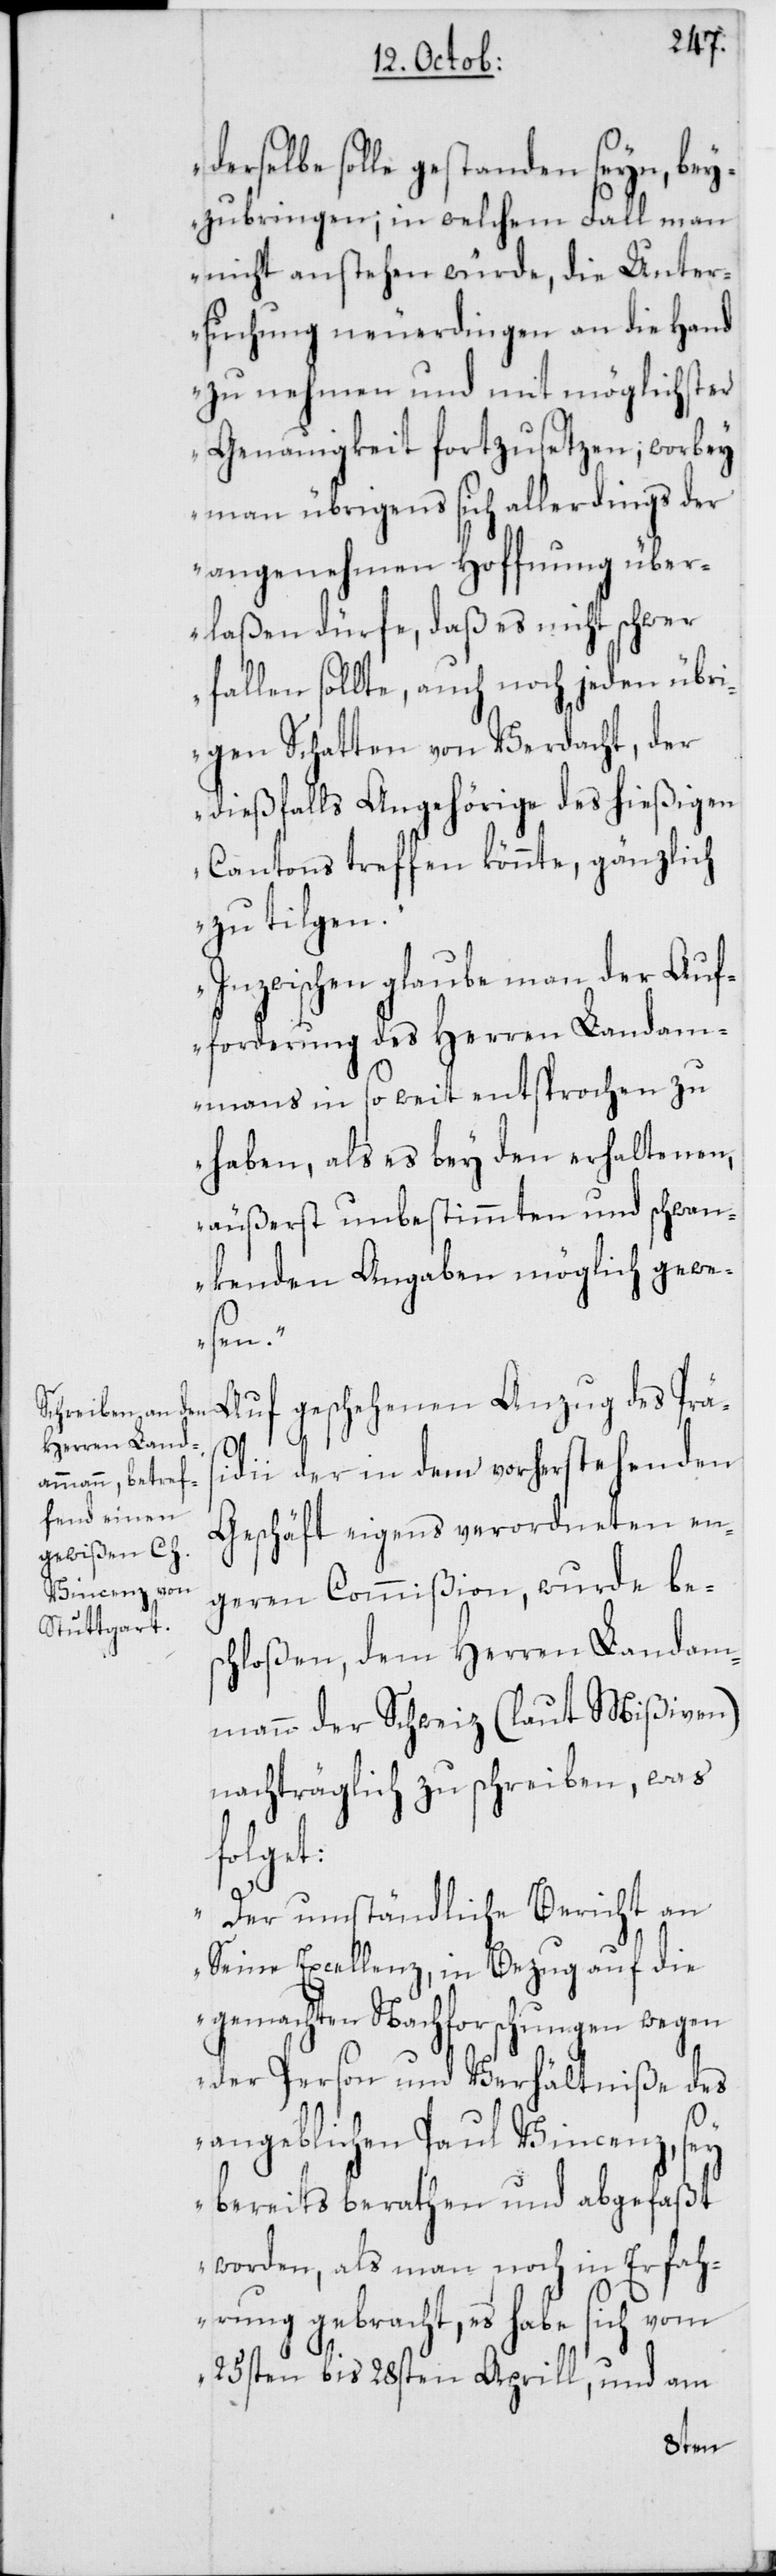
derselbe solle gestanden seyn, bey¬
zubringen; in welchem Fall man
nicht anstehen würde, die Unter¬
suchung neuerdingen an die Hand
zu nehmen und mit möglichster
Genauigkeit fortzusetzen; worbey
man übrigens sich allerdings der
angenehmen Hoffnung über¬
laßen dürfe, daß es nicht schwer
fallen sollte, auch noch jeden übri¬
gen Schatten von Verdacht, der
dießfalls Angehörige des hießigen
Cantons treffen könnte, gänzlich
zu tilgen.
Inzwischen glaube man der Auf¬
forderung des Herren Landam¬
manns in so weit entsprochen zu
haben, als es bey den erhaltenen,
äußerst unbestimmten und schwan¬
kenden Angaben möglich gewe¬
sen.“
Auf geschehenen Anzug des Präs¬
idii der in dem vorherstehenden
Geschäft eigens verordneten en¬
geren Commißion, wurde be¬
schloßen, dem Herren Landam¬
mann der Schweiz (laut Mißiven)
nachträglich zu schreiben, was
folget:
„Der umständliche Bericht an
Seine Excellenz, in Bezug auf die
gemachten Nachforschungen wegen
der Person und Verhältniße des
angeblichen Paul Vincenz, sey
bereits berathen und abgefaßt
worden, als man noch in Erfah¬
rung gebracht, es habe sich vom
25sten bis 28sten Aprill, und am